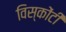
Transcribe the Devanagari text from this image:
विस्कोंटी